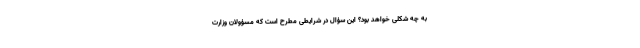
به چه شکلی خواهد بود؟ این سؤال در شرایطی مطرح است که مسؤولان وزارت